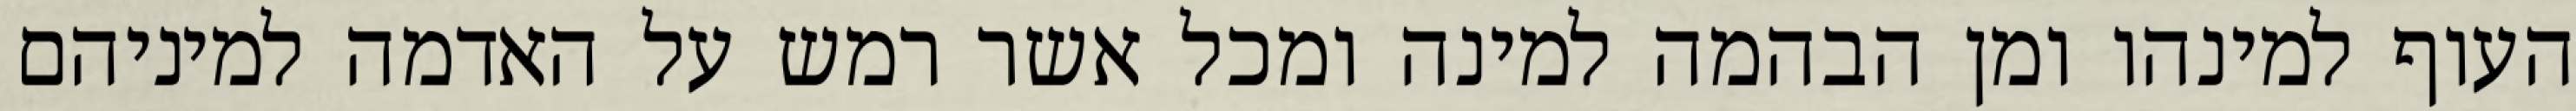
העוף למינהו ומן הבהמה למינה ומכל אשר רמש על האדמה למיניהם